Annual report of the Bengal Veterinary College and of the Civil Veterinary Department, Bengal, for the year 1899-1900 - 1899-1900
Year: 1899
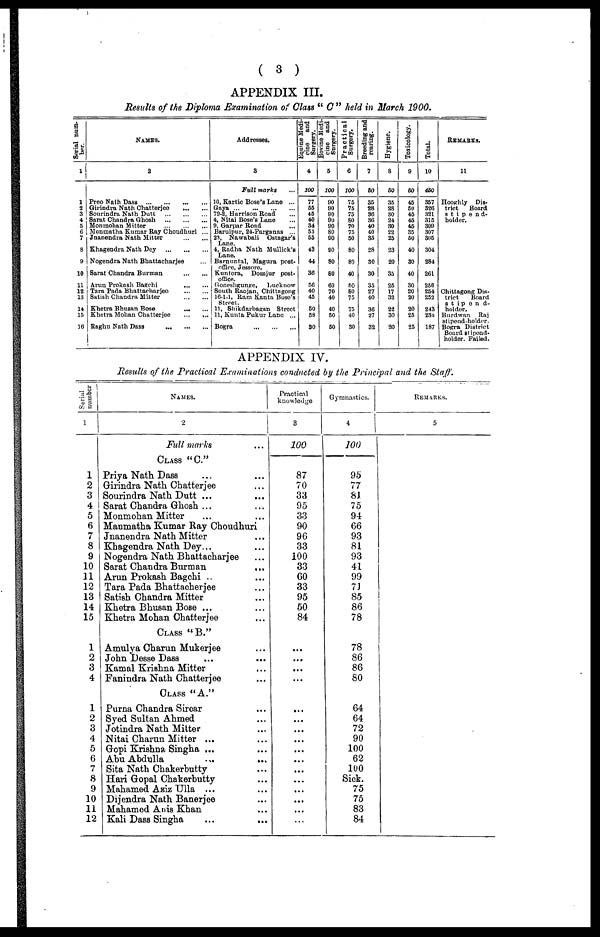
( 3 )
APPENDIX III.
Results of the Diploma Examination of Class " C " held in March 1900.
Serial num-
ber.
1
1
2
3
4
5
6
7
8
9
10
11
12
13
14
15
16
NAMES.
2
Preo Nath Dass ... ... ... ...
Girindra Nath Chatterjee ... ...
Sourindra Nath Dutt ... ... ...
Sarat Chandra Ghosh ... ... ...
Monmohan Mitter ... ... ...
Monmatha Kumar Ray Choudhuri ...
Jnanendra Nath Mitter ... ...
Khagendra Nath Dey ... ... ...
Nogendra Nath Bhattacharjee ...
Sarat Chandra Burman ... ...
Arun Prokash Bagchi ... ...
Tara Pada Bhattacharjee ... ...
Satish Chandra Mitter ... ...
Khetra Bhusan Bose ... ...
Khetra Mohan Chatterjee ... ...
Raghu Nath Dass ... ... ...
Addresses.
3
Full marks
10, Kartic Bose's Lane ...
Gaya ... ... ... ...
79-2, Harrison Road
4, Nitai Bose's Lane ...
9, Garpar Road ...
Baruipur, 24-Parganas ...
23, Nawabali Ostagar's
Lane.
4, Radha Nath Mullick's
Lane.
Barnuntal, Magura post-
office, Jessore.
Kuntora, Domjur post-
office.
Goneshgunge,
Lucknow
South Raojan, Chittagong
16-1-1, Ram Kanta Bose's
Street.
11, Shikdarbagan Street
11, Kunta Pukur Lane ...
Bogra ... ... ...
Equine Medi-
cine and
Surgery.
4
100
77
55
45
40
34
55
55
43
44
36
56
40
45
50
58
30
Bovine Medi-
cine and
Surgery.
5
100
90
90
90
90
90
80
90
90
80
80
60
70
40
40
50
50
Practical
Surgery.
6
100
75
75
75
80
70
75
50
80
80
40
50
80
75
75
40
30
Breeding and
rearing.
7
60
35
28
36
36
40
40
35
28
30
30
35
27
40
36
27
32
Hygiene.
8
50
35
28
30
24
30 22
25
23
20
35
25
17
32
22
30
20
Toxicology.
9
60
45
50
45
45
45
35
50
40
30
40
30
20
20
20
25
25
Total.
10
450
357
326
321
315
309
307
305
304
284
261
256
254
252
243
230
187
REMARKS.
11
Hooghly Dis-
trict
Board
stipend-
holder.
Chittagong Dis-
trict
Board
stipend-
holder.
Burdwan Raj
stipend-holder.
Bogra District
Board stipend-
holder. Failed.
APPENDIX IV.
Results of the Practical Examinations conducted by the Principal and the Staff.
Serial
number
1
1
2
3
4
5
6
7
8
9
10
11
12
13
14
15
1
2
3
4
1
2
3
4
5
6
7
8
9
10
11
12
Practical
NAMES.
knowledge
2
3
Full marks
...
100
CLASS "C."
Priya Nath Dass
...
...
87
Girindra Nath Chatterjee
...
70
Sourindra Nath Dutt ...
...
33
Sarat Chandra Ghosh ...
...
95
Monmohan Mitter
...
...
33
Manmatha Kumar Ray Choudhuri
90
Jnanendra Nath Mitter
...
96
Khagendra Nath Dey...
...
33
Nogendra Nath Bhattacharjee
...
100
Sarat Chandra Burman
...
33
Arun Prokash Bagchi ..
...
60
Tara Pada Bhattacherjee
...
33
Satish Chandra Mitter
...
95
Khetra Bhusan Bose ...
...
50
Khetra Mohan Chatterjee
...
84
CLASS "B."
Amulya Charun Mukerjee ... ...
John Desse Dass ... ... ...
Kamal Krishna Mitter ... ...
Fanindra Nath Chatterjee ... ...
CLASS "A."
Purna Chandra Sircar ... ...
Syed Sultan Ahmed ... ...
Jotindra Nath Mitter ... ...
Nitai Charun Mitter ... ... ...
Gopi Krishna Singha ... ... ...
Abu Abdulla ... ... ...
Sita Nath Chakerbutty ... ...
Hari Gopal Chakerbutty ... ...
Mahamed Aziz Ulla ... ... ...
Dijendra Nath Banerjee ... ...
Mahamed Anis Khan ... ...
Kali Dass Singha
... ... ...
Gymnasties.
4
100
95
77
81
75
94
66
93
81
93
41
99
7J
85
86
78
78
86
86
80
64
64
72
90
100
62
100
Sick.
75
75
83
84
REMARKS.
5